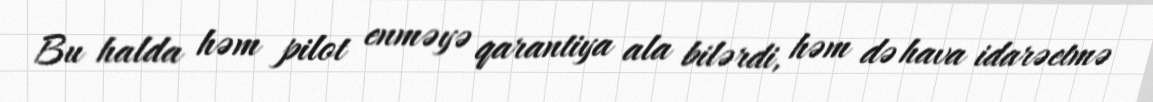
Bu halda həm pilot enməyə qarantiya ala bilərdi, həm də hava idarəetmə